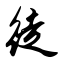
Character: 徒